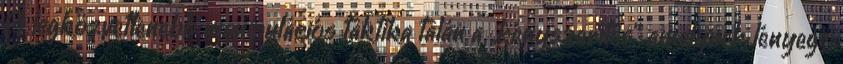
A legközvetlenebb manipulációs taktika talán a „kényszerítés”, amelynek lényege,